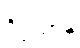
ဒိဗ္ဗယာနံ